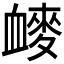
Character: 𰳩